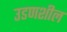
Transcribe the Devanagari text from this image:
उडणशील